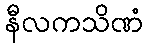
နီလကသိဏံ